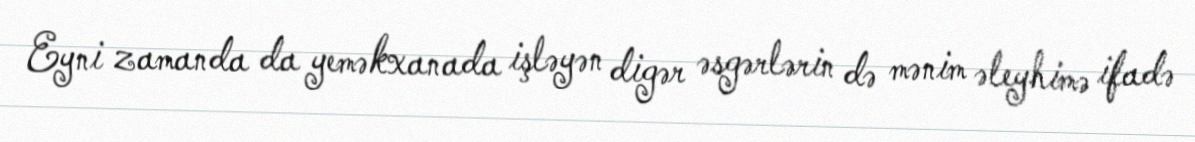
Eyni zamanda da yeməkxanada işləyən digər əsgərlərin də mənim əleyhimə ifadə